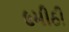
૯મીઠી